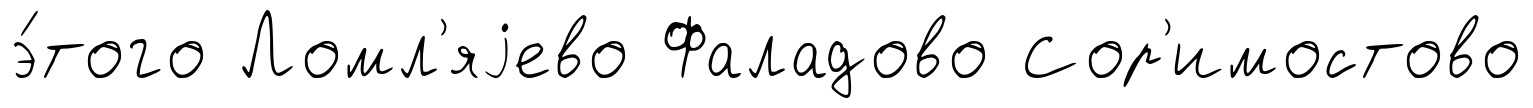
э́того Ломл'яjево Фаладово Сор'имостово